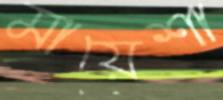
মায়েশা